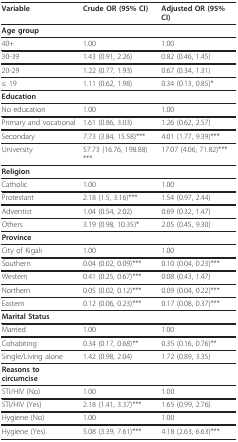
| Variable | Crude OR (95% CI) | Adjusted OR (95% CI) |
 | --- | --- | --- |
 | Age group |  |  |
 | 40+ | 1.00 | 1.00 |
 | 30-39 | 1.43 (0.91, 2.26) | 0.82 (0.46, 1.45) |
 | 20-29 | 1.22 (0.77, 1.93) | 0.67 (0.34, 1.31) |
 | ≤ 19 | 1.11 (0.62, 1.98) | 0.34 (0.13, 0.85)* |
 | Education |  |  |
 | No education | 1.00 | 1.00 |
 | Primary and vocational | 1.61 (0.86, 3.03) | 1.26 (0.62, 2.57) |
 | Secondary | 7.73 (3.84, 15.58)*** | 4.01 (1.77, 9.39)*** |
 | University | 57.73 (16.76, 198.88)*** | 17.07 (4.06, 71.82)*** |
 | Religion |  |  |
 | Catholic | 1.00 | 1.00 |
 | Protestant | 2.18 (1.5, 3.16)*** | 1.54 (0.97, 2.44) |
 | Adventist | 1.04 (0.54, 2.02) | 0.69 (0.32, 1.47) |
 | Others | 3.19 (0.98, 10.35)* | 2.05 (0.45, 9.30) |
 | Province |  |  |
 | City of Kigali | 1.00 | 1.00 |
 | Southern | 0.04 (0.02, 0.09)*** | 0.10 (0.04, 0.23)*** |
 | Western | 0.41 (0.25, 0.67)*** | 0.08 (0.43, 1.47) |
 | Northern | 0.05 (0.02, 0.12)*** | 0.09 (0.04, 0.22)*** |
 | Eastern | 0.12 (0.06, 0.23)*** | 0.17 (0.08, 0.37)*** |
 | Marital Status |  |  |
 | Married | 1.00 | 1.00 |
 | Cohabiting | 0.34 (0.17, 0.68)** | 0.35 (0.16, 0.76)** |
 | Single/Living alone | 1.42 (0.98, 2.04) | 1.72 (0.89, 3.35) |
 | Reasons to circumcise |  |  |
 | STI/HIV (No) | 1.00 | 1.00 |
 | STI/HIV (Yes) | 2.18 (1.41, 3.37)*** | 1.65 (0.99, 2.76) |
 | Hygiene (No) | 1.00 | 1.00 |
 | Hygiene (Yes) | 5.08 (3.39, 7.61)*** | 4.18 (2.63, 6.63)*** |